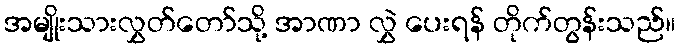
အမျိုးသားလွှတ်တော်သို့ အာဏာ လွှဲ ပေးရန် တိုက်တွန်းသည်။